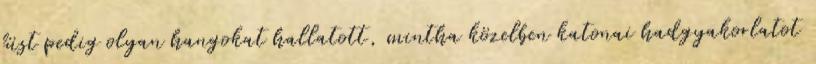
füst pedig olyan hangokat hallatott, mintha közelben katonai hadgyakorlatot